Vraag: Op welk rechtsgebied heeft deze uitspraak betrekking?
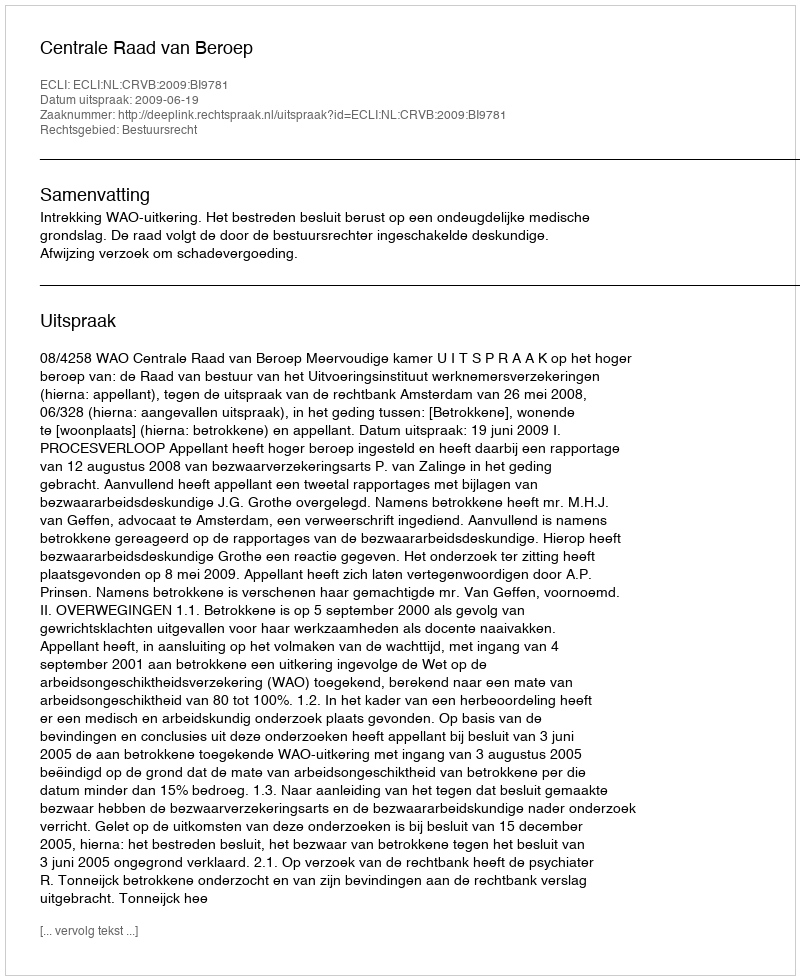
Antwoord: Bestuursrecht